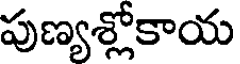
పుణ్యశ్లోకాయ